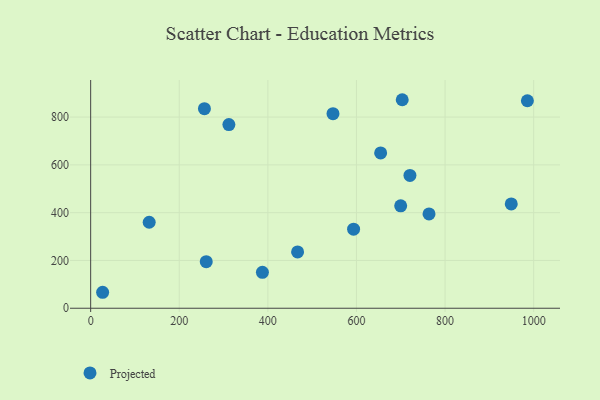
{"axis": {"x": "Speed", "y": "Demand"}, "legend": ["Projected"], "data": [{"x": "256.8", "y": 835.0, "type": "Projected"}, {"x": "387.7", "y": 150.3, "type": "Projected"}, {"x": "27.0", "y": 66.8, "type": "Projected"}, {"x": "703.3", "y": 872.6, "type": "Projected"}, {"x": "985.8", "y": 868.4, "type": "Projected"}, {"x": "763.8", "y": 394.7, "type": "Projected"}, {"x": "699.8", "y": 428.5, "type": "Projected"}, {"x": "260.9", "y": 194.9, "type": "Projected"}, {"x": "132.1", "y": 359.8, "type": "Projected"}, {"x": "654.6", "y": 650.0, "type": "Projected"}, {"x": "467.1", "y": 235.7, "type": "Projected"}, {"x": "547.0", "y": 814.3, "type": "Projected"}, {"x": "593.5", "y": 331.0, "type": "Projected"}, {"x": "720.7", "y": 556.0, "type": "Projected"}, {"x": "949.4", "y": 436.7, "type": "Projected"}, {"x": "312.0", "y": 768.4, "type": "Projected"}]}